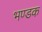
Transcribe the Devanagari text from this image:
भण्डक